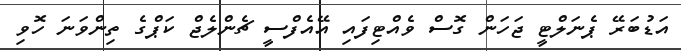
އަޑުބަރޭ ޕެނަލްޓީ ޖަހަން ގޮސް ވެއްޓިފައި އޭއެފްސީ ޗެންލެޖް ކަޕްގެ ތިންވަނަ ހޮވި